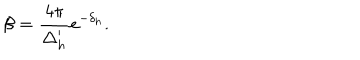
LaTeX: \beta = \frac { 4 \pi } { \Delta _ { h } ^ { \prime } } e ^ { - \delta _ { h } } .